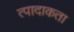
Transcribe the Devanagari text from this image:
त्पादाकता